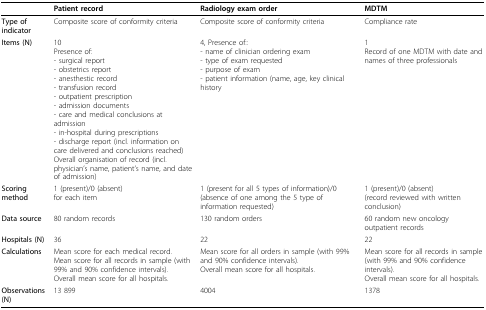
<table><thead><tr><td></td><td><b>Patient record</b></td><td><b>Radiology exam order</b></td><td><b>MDTM</b></td></tr></thead><tbody><tr><td><b>Type of indicator</b></td><td>Composite score of conformity criteria</td><td>Composite score of conformity criteria</td><td>Compliance rate</td></tr><tr><td><b>Items (N)</b></td><td>10Presence of:- surgical report- obstetrics report- anesthestic record- transfusion record- outpatient prescription- admission documents- care and medical conclusions at admission- in-hospital during prescriptions- discharge report (incl. information on care delivered and conclusions reached)Overall organisation of record (incl. physician&#x27;s name, patient&#x27;s name, and date of admission)</td><td>4, Presence of::- name of clinician ordering exam- type of exam requested- purpose of exam- patient information (name, age, key clinical history</td><td>1Record of one MDTM with date and names of three professionals</td></tr><tr><td><b>Scoring method</b></td><td>1 (present)/0 (absent)for each item</td><td>1 (present for all 5 types of information)/0 (absence of one among the 5 type of information requested)</td><td>1 (present)/0 (absent)(record reviewed with written conclusion)</td></tr><tr><td><b>Data source</b></td><td>80 random records</td><td>130 random orders</td><td>60 random new oncology outpatient records</td></tr><tr><td><b>Hospitals (N)</b></td><td>36</td><td>22</td><td>22</td></tr><tr><td><b>Calculations</b></td><td>Mean score for each medical record.Mean score for all records in sample (with 99% and 90% confidence intervals).Overall mean score for all hospitals.</td><td>Mean score for all orders in sample (with 99% and 90% confidence intervals).Overall mean score for all hospitals.</td><td>Mean score for all records in sample (with 99% and 90% confidence intervals).Overall mean score for all hospitals.</td></tr><tr><td><b>Observations (N)</b></td><td>13 899</td><td>4004</td><td>1378</td></tr></tbody></table>